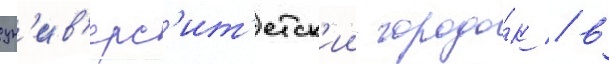
ун'ив'ерс'ит'етск'ии городо́к / в